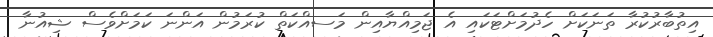
އިތުބާރުކުރާ ތަނަކަށް ހެދުމަށްޓަކައި އެ ޖަމިއްޔާއިން މަަސއްކަތް ކުރަމުން އަންނަ ކަމަށްވެސް ޝިއުނާ